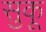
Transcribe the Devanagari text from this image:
सुकू